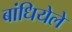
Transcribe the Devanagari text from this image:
बांधियेले